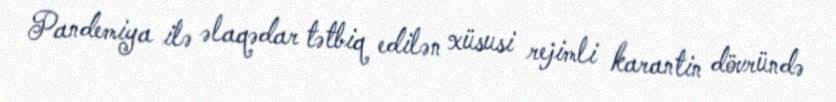
Pandemiya ilə əlaqədar tətbiq edilən xüsusi rejimli karantin dövründə